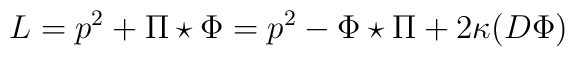
L = p^{2} + \Pi\star \Phi = p^{2} - \Phi\star \Pi + 2\kappa (D\Phi)